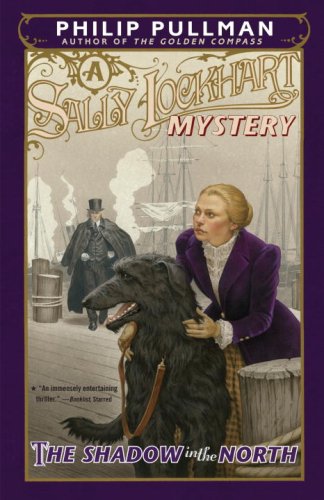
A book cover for The Shadow in the North: A Sally Lockhart Mystery; Philip Pullman; Teen & Young Adult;